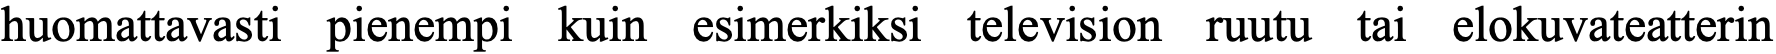
huomattavasti pienempi kuin esimerkiksi television ruutu tai elokuvateatterin